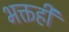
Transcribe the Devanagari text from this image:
भक्तही